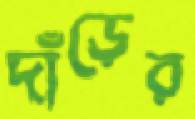
দাঁড়ের